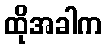
ထိုအခါက